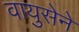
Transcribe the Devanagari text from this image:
वायुसेने